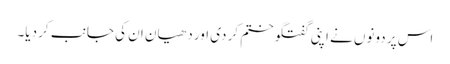
اس پر دونوں نے اپنی گفتگو ختم کر دی اور دھیان ان کی جانب کر دیا۔